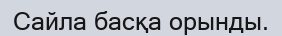
Сайла басқа орынды.